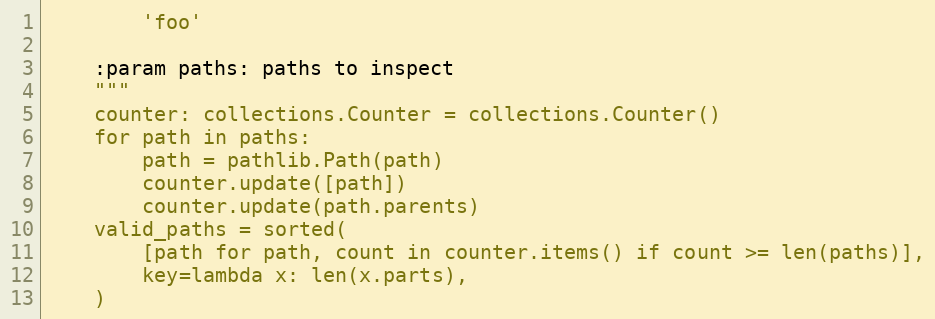
Language: Python
        'foo'

    :param paths: paths to inspect
    """
    counter: collections.Counter = collections.Counter()
    for path in paths:
        path = pathlib.Path(path)
        counter.update([path])
        counter.update(path.parents)
    valid_paths = sorted(
        [path for path, count in counter.items() if count >= len(paths)],
        key=lambda x: len(x.parts),
    )